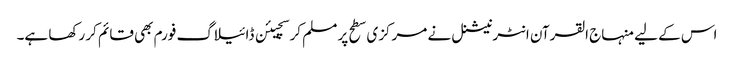
اس کے لیے منہاج القرآن انٹرنیشنل نے مرکزی سطح پر مسلم کرسچیئن ڈائیلاگ فورم بھی قائم کر رکھا ہے۔